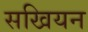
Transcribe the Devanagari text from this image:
सखियन